Insane asylums in Bengal annual reports 1867-1875 - 1867-1875
Year: 1867
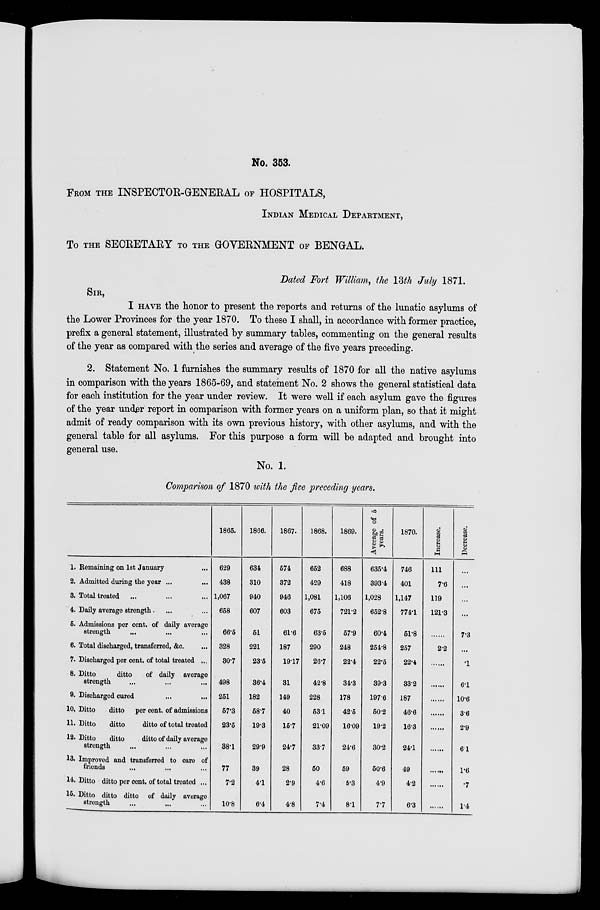
No. 353.
FROM THE INSPECTOR-GENERAL OF HOSPITALS,
INDIAN MEDICAL DEPARTMENT,
To THE SECRETARY TO THE GOVERNMENT OF BENGAL.
Dated Fort William, the 13th July 1871.
SIR,
I HAVE the honor to present the reports and returns of the lunatic asylums of
the Lower Provinces for the year 1870. To these I shall, in accordance with former practice,
prefix a general statement, illustrated by summary tables, commenting on the general results
of the year as compared with the series and average of the five years preceding.
2. Statement No. 1 furnishes the summary results of 1870 for all the native asylums
in comparison with the years 1865-69, and statement No. 2 shows the general statistical data
for each institution for the year under review. It were well if each asylum gave the figures
of the year under report in comparison with former years on a uniform plan, so that it might
admit of ready comparison with its own previous history, with other asylums, and with the
general table for all asylums. For this purpose a form will be adapted and brought into
general use.
No. 1.
Comparison of 1870 with the five preceding years.
1. Remaining on 1st January ...
2. Admitted during the year ... ...
3. Total treated ... ... ...
4. Daily average strength. ... ...
5. Admissions per cent. of daily average
strength ... ... ...
6. Total discharged, transferred, &c. ...
7. Discharged per cent. of total treated ...
8. Ditto
ditto
of daily average
strength
...
...
...
9. Discharged cured
...
...
10. Ditto
ditto
per cent. of admissions
11. Ditto
ditto
ditto of total treated
12. Ditto
ditto
ditto of daily average
strength ... ... ...
13. Improved and transferred to care of
friends ... ... ...
14. Ditto ditto per cent. of total treated ...
15. Ditto ditto ditto of daily average
strength ... ... ...
1865.
629
438
1,067
658
66.5
328
30.7
498
251
57.3
23.5
38.1
77
7.2
10.8
1866.
634
310
940
607
51
221
23.5
36.4
182
58.7
19.3
29.9
39
4.1
6.4
1867.
574
372
946
603
61.6
187
19.17
31
149
40
15.7
24.7
28
2.9
4.8
1868.
652
429
1,081
675
63.5
290
26.7
42.8
228
53.1
21.09
33.7
50
4.6
7.4
1869.
688
418
1,106
72.12
57.9
248
22.4
34.3
178
42.5
16.09
24.6
59
5.3
8.1
Average of 5
years.
635.4
393.4
1,028
652.8
60.4
254.8
22.5
39.3
197.6
50.2
19.2
30.2
50.6
4.9
7.7
1870.
746
401
1,147
77.41
51.8
257
22.4
33.2
187
46.6
16.3
24.1
49
4.2
6.3
Increase.
111
7.6
119
121.3
......
2.2
......
......
......
......
......
......
......
......
......
Decrease.
...
...
...
...
7.3
...
.1
6.1
10.6
3.6
2.9
6.1
1.6
.7
1.4